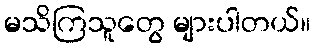
မသိကြသူတွေ များပါတယ်။